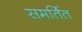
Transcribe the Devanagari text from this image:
समर्तित